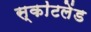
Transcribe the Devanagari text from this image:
स्का॓टलेंड